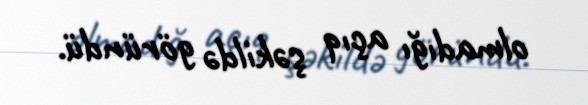
olmadığı açıq şəkildə göründü.